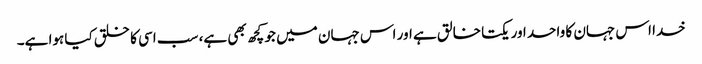
خدا اس جہان کا واحد اور یکتا خالق ہے اور اس جہان میں جو کچھ بھی ہے، سب اسی کا خلق کیا ہوا ہے۔